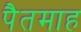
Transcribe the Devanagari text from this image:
पैतमाह